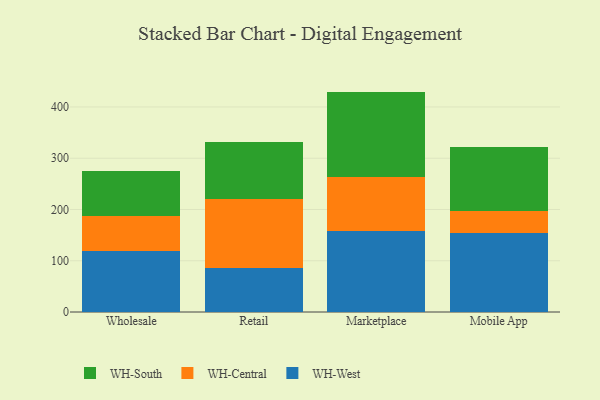
{"axis": {"x": "Channel", "y": "Page Views"}, "legend": ["WH-Central", "WH-South", "WH-West"], "data": [{"x": "Wholesale", "y": 118.9, "type": "WH-West"}, {"x": "Wholesale", "y": 67.6, "type": "WH-Central"}, {"x": "Wholesale", "y": 88.7, "type": "WH-South"}, {"x": "Retail", "y": 85.8, "type": "WH-West"}, {"x": "Retail", "y": 133.8, "type": "WH-Central"}, {"x": "Retail", "y": 112.7, "type": "WH-South"}, {"x": "Marketplace", "y": 157.3, "type": "WH-West"}, {"x": "Marketplace", "y": 105.2, "type": "WH-Central"}, {"x": "Marketplace", "y": 167.5, "type": "WH-South"}, {"x": "Mobile App", "y": 154.2, "type": "WH-West"}, {"x": "Mobile App", "y": 43.8, "type": "WH-Central"}, {"x": "Mobile App", "y": 124.5, "type": "WH-South"}]}